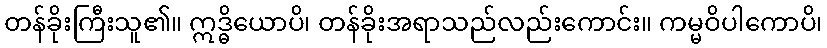
တန်ခိုးကြီးသူ၏။ ဣဒ္ဓိယောပိ၊ တန်ခိုးအရာသည်လည်းကောင်း။ ကမ္မဝိပါကောပိ၊